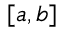
[ a , b ]